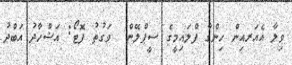
ވިލާ އެއަރއިން ހިންގާ ފްލައިމީގެ ސީޕްލޭން  ވަގުތު ފޮޓޯ: އަޝްހާދު އަބްދު